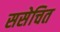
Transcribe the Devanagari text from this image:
ससेचित